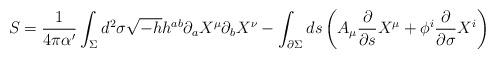
LaTeX: \begin{align*}S=\frac{1}{4\pi \alpha'}\int_\Sigma d^2\sigma \sqrt{-h}h^{ab}\partial_a X^{\mu}\partial_b X^{\nu}-\int_{\partial \Sigma} ds \left( A_{\mu}\frac{\partial}{\partial s}X^{\mu} +\phi^{i}\frac{\partial}{\partial \sigma}X^i \right) \end{align*}